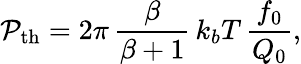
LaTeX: \mathcal{P}_{\mathrm{{th}}}=2\pi\, \frac{{\beta}}{{\beta+1}}\, k_{b}T\, \frac{{f_{0}}}{{Q_{0}}},